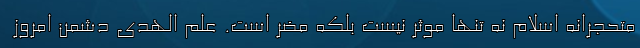
متحجرانه اسلام نه تنها موثر نیست بلکه مضر است. علم الهدی دشمن امروز